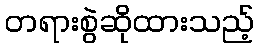
တရားစွဲဆိုထားသည့်